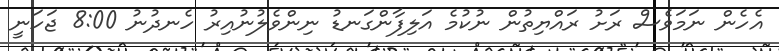
އެހެން ނަމަވެސް ރަށު ރައްޔިތުން ނުކުމެ އަލިފާންގަނޑު ނިންވެލުނުއިރު ހެނދުނު 8:00 ޖަހަނީ